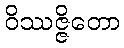
ဝိဿဇ္ဇိတော